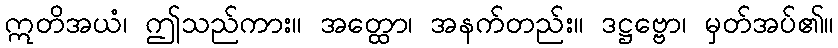
ဣတိအယံ၊ ဤသည်ကား။ အတ္ထော၊ အနက်တည်း။ ဒဋ္ဌဗ္ဗော၊ မှတ်အပ်၏။